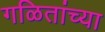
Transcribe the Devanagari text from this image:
गळितांच्या